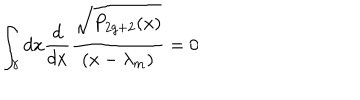
\int _ { \gamma } d x { \frac { d } { d x } } { \frac { \sqrt { P _ { 2 g + 2 } ( x ) } } { ( x - \lambda _ { m } ) } } = 0